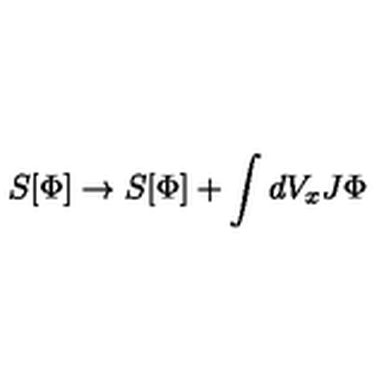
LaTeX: S [ \Phi ] \rightarrow S [ \Phi ] + \int d V _ { x } J \Phi